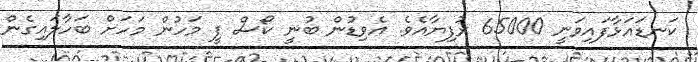
ކަނޑައަޅާފައިވަނީ 65000 ރުފިޔާއެވެ. އެވިޑުން ބުނީ ކޯސް ފީ މަހުން މަހަށް ބަހާލައިގެން